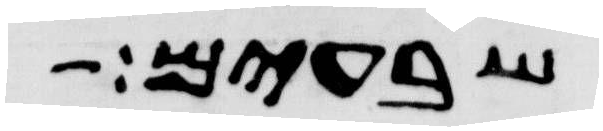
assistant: שבעים